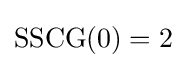
{\text{SSCG}}(0)=2